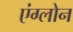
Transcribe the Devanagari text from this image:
एंग्लोन